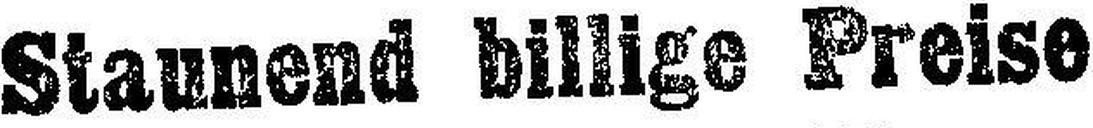
Staunend billige Preise